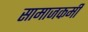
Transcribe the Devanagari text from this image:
सामाजकर्मी